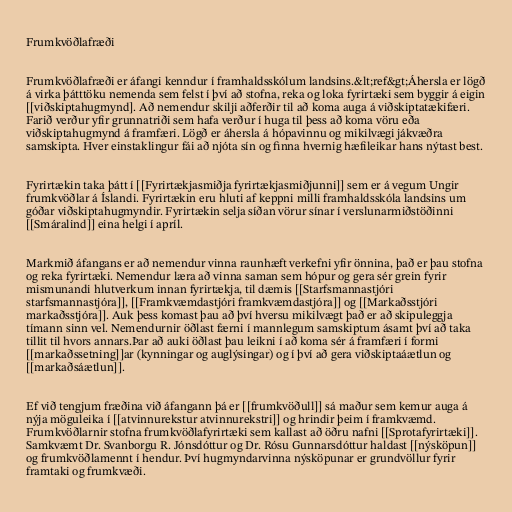
Frumkvöðlafræði

Frumkvöðlafræði er áfangi kenndur í framhaldsskólum landsins.&lt;ref&gt;Áhersla er lögð
á virka þátttöku nemenda sem felst í því að stofna, reka og loka fyrirtæki sem byggir á eigin
[[viðskiptahugmynd]. Að nemendur skilji aðferðir til að koma auga á viðskiptatækifæri.
Farið verður yfir grunnatriði sem hafa verður í huga til þess að koma vöru eða
viðskiptahugmynd á framfæri. Lögð er áhersla á hópavinnu og mikilvægi jákvæðra
samskipta. Hver einstaklingur fái að njóta sín og finna hvernig hæfileikar hans nýtast best.

Fyrirtækin taka þátt í [[Fyrirtækjasmiðja fyrirtækjasmiðjunni]] sem er á vegum Ungir
frumkvöðlar á Íslandi. Fyrirtækin eru hluti af keppni milli framhaldsskóla landsins um
góðar viðskiptahugmyndir. Fyrirtækin selja síðan vörur sínar í verslunarmiðstöðinni
[[Smáralind]] eina helgi í apríl.

Markmið áfangans er að nemendur vinna raunhæft verkefni yfir önnina, það er þau stofna
og reka fyrirtæki. Nemendur læra að vinna saman sem hópur og gera sér grein fyrir
mismunandi hlutverkum innan fyrirtækja, til dæmis [[Starfsmannastjóri
starfsmannastjóra]], [[Framkvæmdastjóri framkvæmdastjóra]] og [[Markaðsstjóri
markaðsstjóra]]. Auk þess komast þau að því hversu mikilvægt það er að skipuleggja
tímann sinn vel. Nemendurnir öðlast færni í mannlegum samskiptum ásamt því að taka
tillit til hvors annars.Þar að auki öðlast þau leikni í að koma sér á framfæri í formi
[[markaðssetning]]ar (kynningar og auglýsingar) og í því að gera viðskiptaáætlun og
[[markaðsáætlun]].

Ef við tengjum fræðina við áfangann þá er [[frumkvöðull]] sá maður sem kemur auga á
nýja möguleika í [[atvinnurekstur atvinnurekstri]] og hrindir þeim í framkvæmd.
Frumkvöðlarnir stofna frumkvöðlafyrirtæki sem kallast að öðru nafni [[Sprotafyrirtæki]].
Samkvæmt Dr. Svanborgu R. Jónsdóttur og Dr. Rósu Gunnarsdóttur haldast [[nýsköpun]]
og frumkvöðlamennt í hendur. Því hugmyndarvinna nýsköpunar er grundvöllur fyrir
framtaki og frumkvæði.